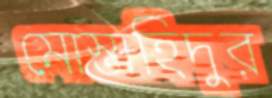
মোস্তাহিদুর